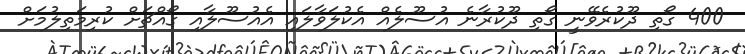
400 ގޯތި ދޫކުރެވޭނީ ގޯތި ދޫކުރާނެ އުސޫލެއް އެކުލަވާލައި އެއުސޫލާއި ގޯއްޗަށް ކުރިމަތިލުމަށް